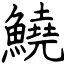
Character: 鱙